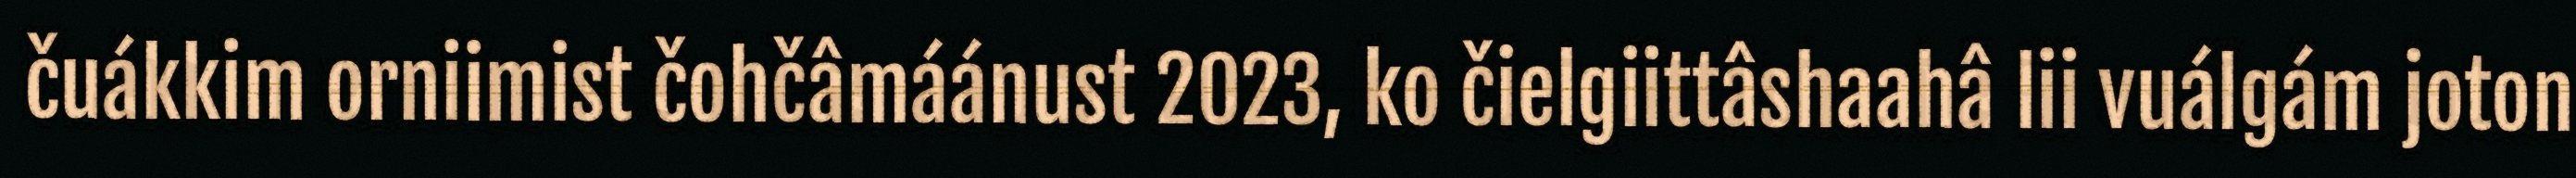
čuákkim orniimist čohčâmáánust 2023, ko čielgiittâshaahâ lii vuálgám joton